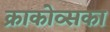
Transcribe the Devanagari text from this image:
क्राकोव्सका